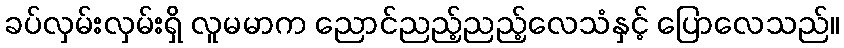
ခပ်လှမ်းလှမ်းရှိ လူမမာက ညောင်ညည့်ညည့်လေသံနှင့် ပြောလေသည်။